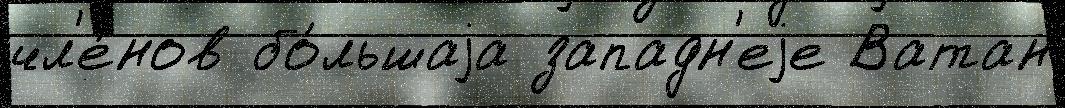
чл'е́нов бо́льшаjа западн'еjе Ватан